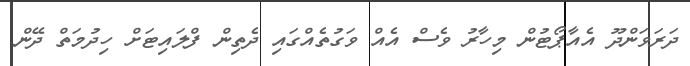
ދަރަވަންދޫ އެއާޕޯޓުން މިހާރު ވެސް އެއް ވަގުތެއްގައި ދެތިން ފްލައިޓަށް ހިދުމަތް ދޭން